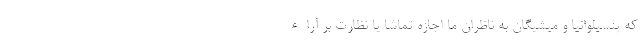
که پنسیلوانیا و میشیگان به ناظران ما اجازه تماشا یا نظارت بر آراء